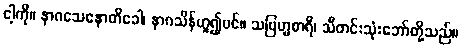
ငါ့ကို။ နာဂသေနောတိခေါ၊ နာဂသိန်ဟူ၍ပင်။ သဗြဟ္မစာရီ၊ သီတင်းသုံးဘော်တို့သည်။